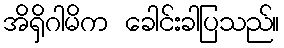
အိရှိဂါမိက ခေါင်းခါပြသည်။